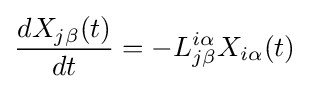
{\frac {dX_{j\beta }(t)}{dt}}=-L_{j\beta }^{i\alpha }X_{i\alpha }(t)